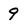
Character: 9